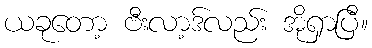
ယခုတော့ ဗီးလာ့ဒ်လည်း အိုရှာပြီ။